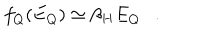
f _ { Q } ( E _ { Q } ) \simeq \beta _ { H } E _ { Q } .